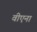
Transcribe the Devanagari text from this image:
वीएना